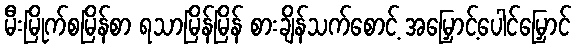
မီးမြိုက်စမြိန်စာ ရသာမြိန်မြိန် စားချိန်သက်စောင့် အမြှောင့်ပေါင်မြှောင်